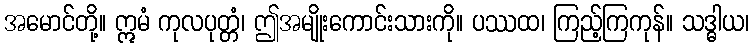
အမောင်တို့။ ဣမံ ကုလပုတ္တံ၊ ဤအမျိုးကောင်းသားကို။ ပဿထ၊ ကြည့်ကြကုန်။ သဒ္ဓါယ၊